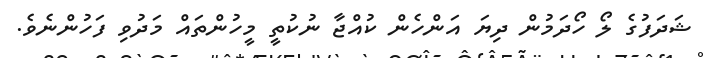
ޝަދަފުގެ ލޯ ހޯދަމުން ދިޔަ އަންހެން ކުއްޖާ ނުކުތީ މީހުންތައް މަދުވި ފަހުންނެވެ.